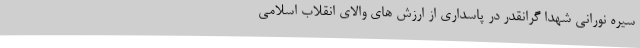
سیره نورانی شهدا گرانقدر در پاسداری از ارزش های والای انقلاب اسلامی